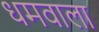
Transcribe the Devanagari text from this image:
धमवाला